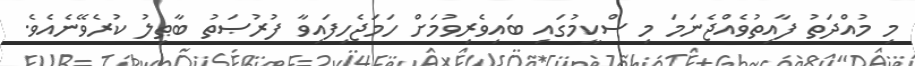
މި މުއްދަތު ފާއިތުވެއްޖެނަމަ މި ސްކީމުގައި ބައިވެރިވުމަށް ހަމަޖެހިފައިވާ ފުރުޞަތު ބާޠިލު ކުރެވޭނެއެވެ.